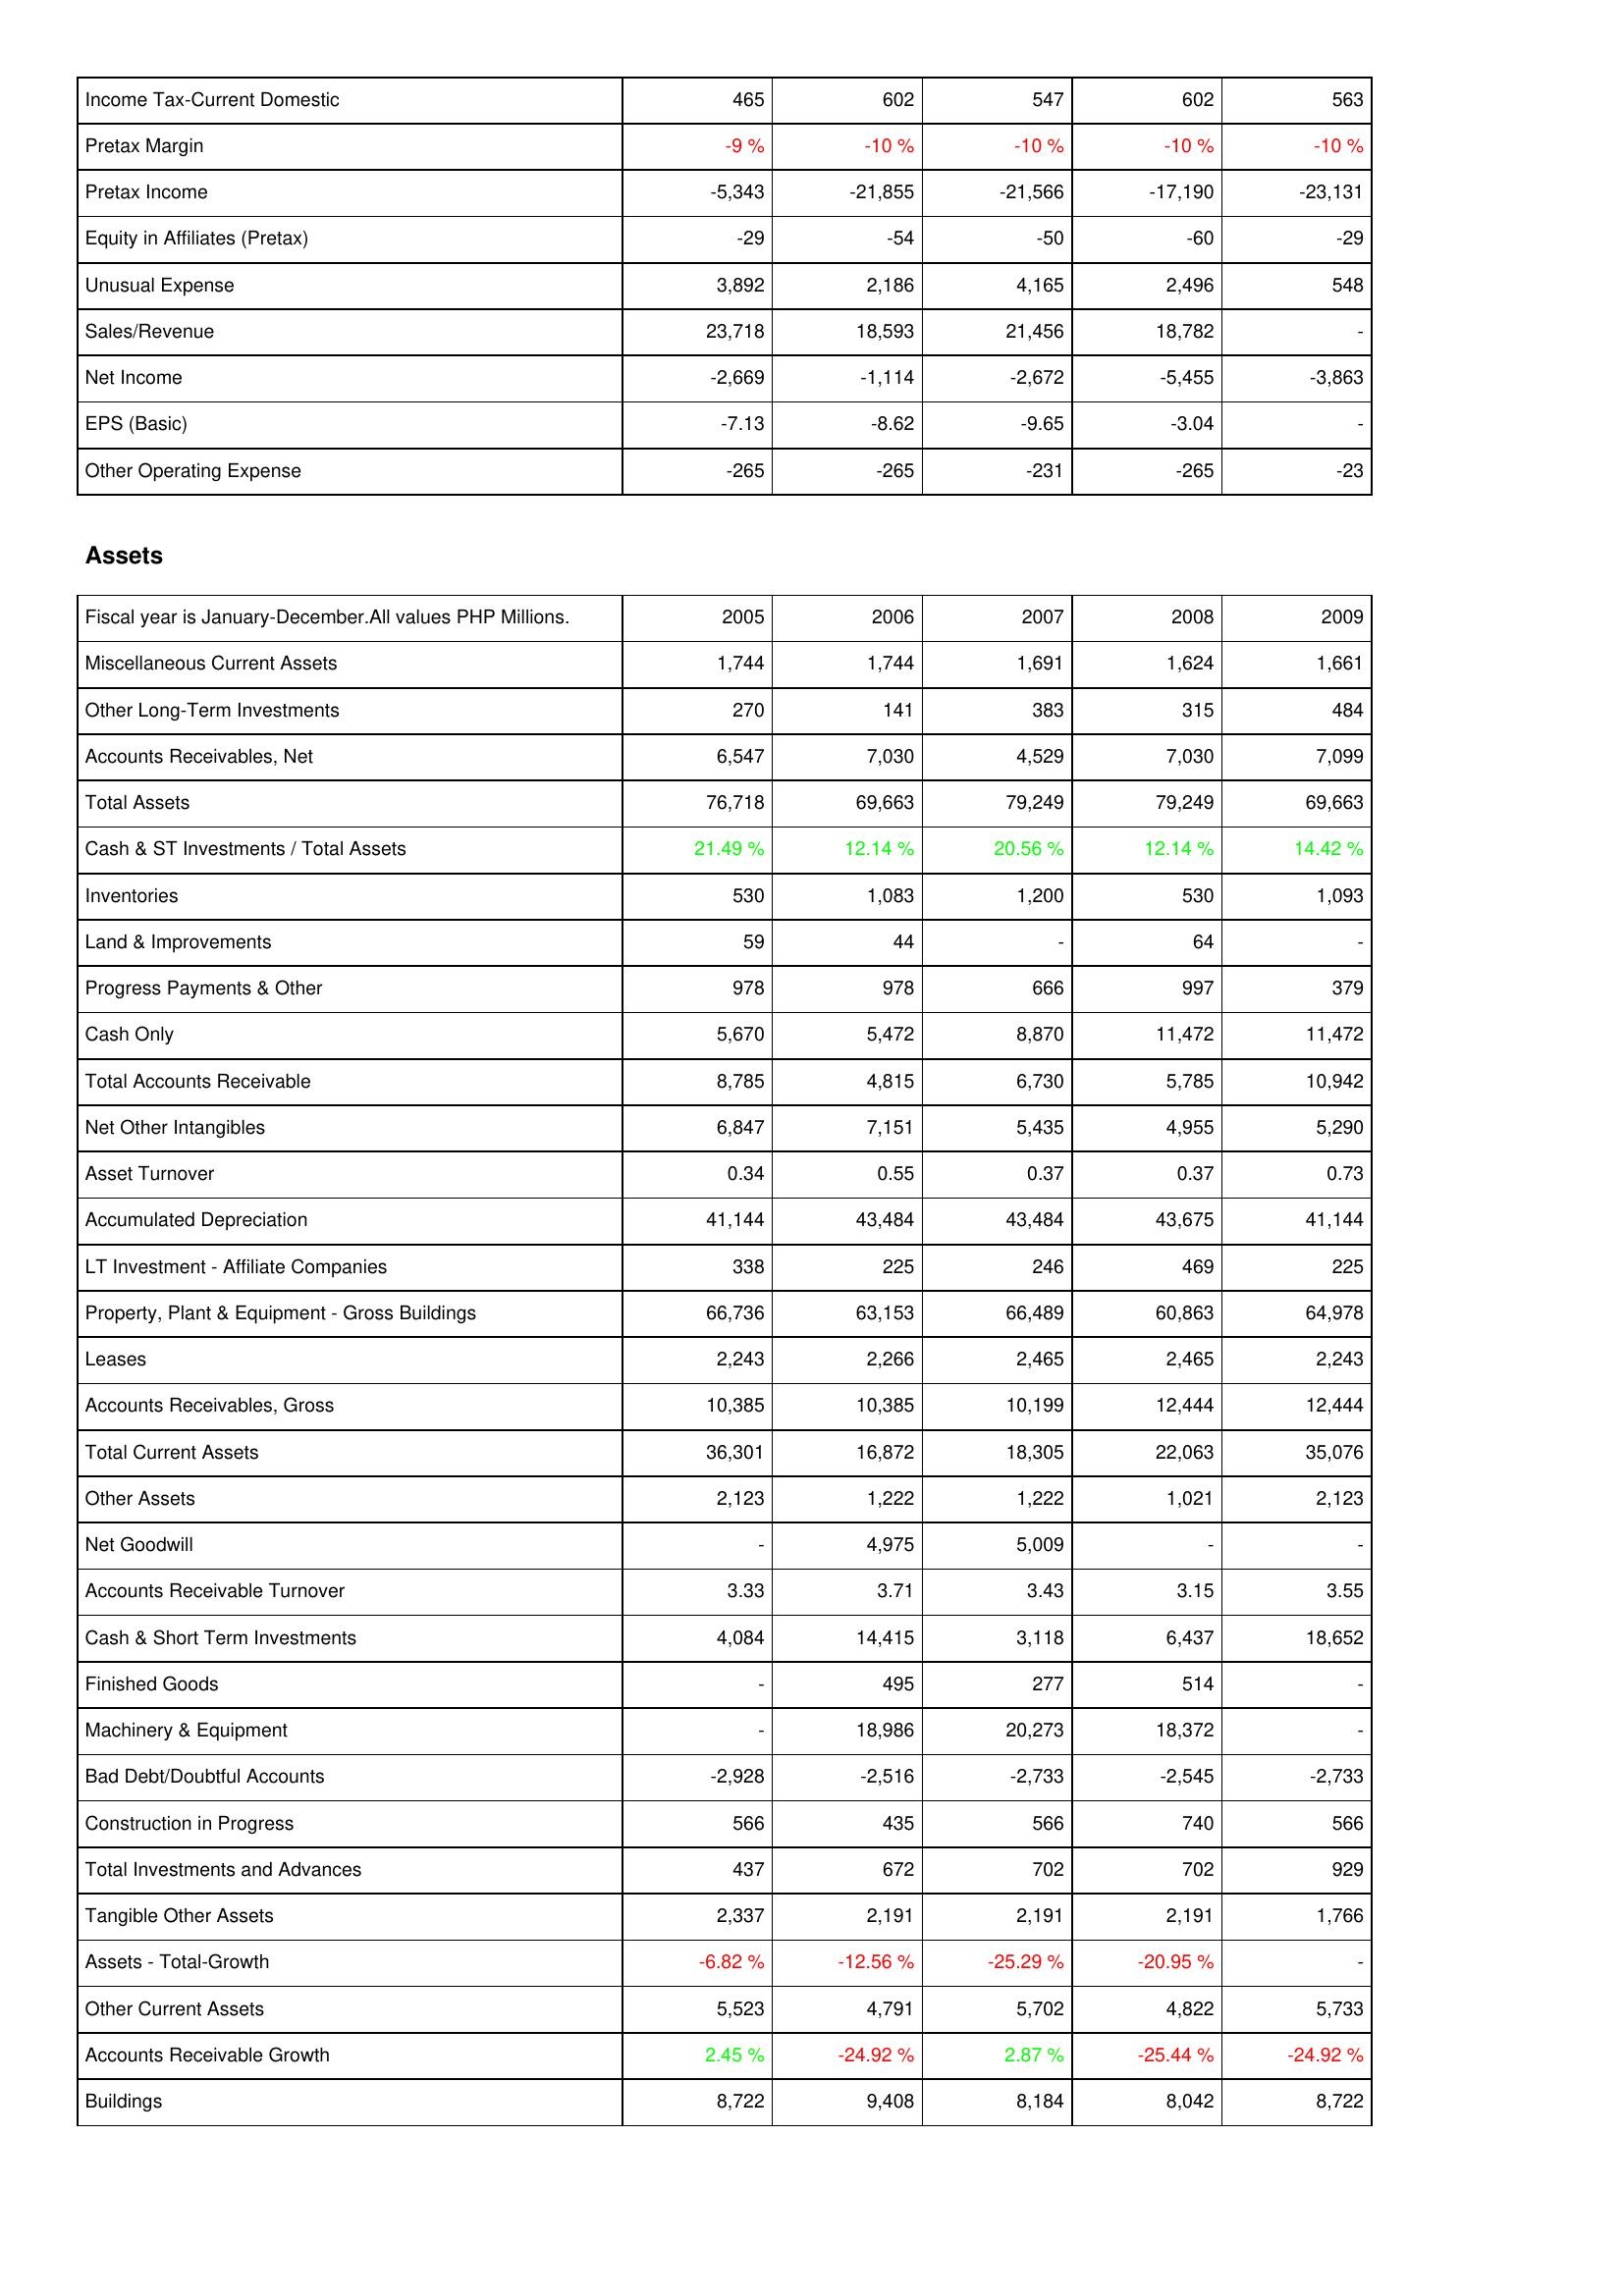
2005: Income Statement: Income Tax-Current Domestic: 465
Pretax Margin: -9 %
Pretax Income: -5,343
Equity in Affiliates (Pretax): -29
Unusual Expense: 3,892
Sales/Revenue: 23,718
Net Income: -2,669
EPS (Basic): -7.13
Other Operating Expense: -265
Assets: Miscellaneous Current Assets: 1,744
Other Long-Term Investments: 270
Accounts Receivables, Net: 6,547
Total Assets: 76,718
Cash & ST Investments / Total Assets: 21.49 %
Inventories: 530
Land & Improvements: 59
Progress Payments & Other: 978
Cash Only: 5,670
Total Accounts Receivable: 8,785
Net Other Intangibles: 6,847
Asset Turnover: 0.34
Accumulated Depreciation: 41,144
LT Investment - Affiliate Companies: 338
Property, Plant & Equipment - Gross Buildings: 66,736
Leases: 2,243
Accounts Receivables, Gross: 10,385
Total Current Assets: 36,301
Other Assets: 2,123
Net Goodwill: -
Accounts Receivable Turnover: 3.33
Cash & Short Term Investments: 4,084
Finished Goods: -
Machinery & Equipment: -
Bad Debt/Doubtful Accounts: -2,928
Construction in Progress: 566
Total Investments and Advances: 437
Tangible Other Assets: 2,337
Assets - Total-Growth: -6.82 %
Other Current Assets: 5,523
Accounts Receivable Growth: 2.45 %
Buildings: 8,722
2006: Income Statement: Income Tax-Current Domestic: 602
Pretax Margin: -10 %
Pretax Income: -21,855
Equity in Affiliates (Pretax): -54
Unusual Expense: 2,186
Sales/Revenue: 18,593
Net Income: -1,114
EPS (Basic): -8.62
Other Operating Expense: -265
Assets: Miscellaneous Current Assets: 1,744
Other Long-Term Investments: 141
Accounts Receivables, Net: 7,030
Total Assets: 69,663
Cash & ST Investments / Total Assets: 12.14 %
Inventories: 1,083
Land & Improvements: 44
Progress Payments & Other: 978
Cash Only: 5,472
Total Accounts Receivable: 4,815
Net Other Intangibles: 7,151
Asset Turnover: 0.55
Accumulated Depreciation: 43,484
LT Investment - Affiliate Companies: 225
Property, Plant & Equipment - Gross Buildings: 63,153
Leases: 2,266
Accounts Receivables, Gross: 10,385
Total Current Assets: 16,872
Other Assets: 1,222
Net Goodwill: 4,975
Accounts Receivable Turnover: 3.71
Cash & Short Term Investments: 14,415
Finished Goods: 495
Machinery & Equipment: 18,986
Bad Debt/Doubtful Accounts: -2,516
Construction in Progress: 435
Total Investments and Advances: 672
Tangible Other Assets: 2,191
Assets - Total-Growth: -12.56 %
Other Current Assets: 4,791
Accounts Receivable Growth: -24.92 %
Buildings: 9,408
2007: Income Statement: Income Tax-Current Domestic: 547
Pretax Margin: -10 %
Pretax Income: -21,566
Equity in Affiliates (Pretax): -50
Unusual Expense: 4,165
Sales/Revenue: 21,456
Net Income: -2,672
EPS (Basic): -9.65
Other Operating Expense: -231
Assets: Miscellaneous Current Assets: 1,691
Other Long-Term Investments: 383
Accounts Receivables, Net: 4,529
Total Assets: 79,249
Cash & ST Investments / Total Assets: 20.56 %
Inventories: 1,200
Land & Improvements: -
Progress Payments & Other: 666
Cash Only: 8,870
Total Accounts Receivable: 6,730
Net Other Intangibles: 5,435
Asset Turnover: 0.37
Accumulated Depreciation: 43,484
LT Investment - Affiliate Companies: 246
Property, Plant & Equipment - Gross Buildings: 66,489
Leases: 2,465
Accounts Receivables, Gross: 10,199
Total Current Assets: 18,305
Other Assets: 1,222
Net Goodwill: 5,009
Accounts Receivable Turnover: 3.43
Cash & Short Term Investments: 3,118
Finished Goods: 277
Machinery & Equipment: 20,273
Bad Debt/Doubtful Accounts: -2,733
Construction in Progress: 566
Total Investments and Advances: 702
Tangible Other Assets: 2,191
Assets - Total-Growth: -25.29 %
Other Current Assets: 5,702
Accounts Receivable Growth: 2.87 %
Buildings: 8,184
2008: Income Statement: Income Tax-Current Domestic: 602
Pretax Margin: -10 %
Pretax Income: -17,190
Equity in Affiliates (Pretax): -60
Unusual Expense: 2,496
Sales/Revenue: 18,782
Net Income: -5,455
EPS (Basic): -3.04
Other Operating Expense: -265
Assets: Miscellaneous Current Assets: 1,624
Other Long-Term Investments: 315
Accounts Receivables, Net: 7,030
Total Assets: 79,249
Cash & ST Investments / Total Assets: 12.14 %
Inventories: 530
Land & Improvements: 64
Progress Payments & Other: 997
Cash Only: 11,472
Total Accounts Receivable: 5,785
Net Other Intangibles: 4,955
Asset Turnover: 0.37
Accumulated Depreciation: 43,675
LT Investment - Affiliate Companies: 469
Property, Plant & Equipment - Gross Buildings: 60,863
Leases: 2,465
Accounts Receivables, Gross: 12,444
Total Current Assets: 22,063
Other Assets: 1,021
Net Goodwill: -
Accounts Receivable Turnover: 3.15
Cash & Short Term Investments: 6,437
Finished Goods: 514
Machinery & Equipment: 18,372
Bad Debt/Doubtful Accounts: -2,545
Construction in Progress: 740
Total Investments and Advances: 702
Tangible Other Assets: 2,191
Assets - Total-Growth: -20.95 %
Other Current Assets: 4,822
Accounts Receivable Growth: -25.44 %
Buildings: 8,042
2009: Income Statement: Income Tax-Current Domestic: 563
Pretax Margin: -10 %
Pretax Income: -23,131
Equity in Affiliates (Pretax): -29
Unusual Expense: 548
Sales/Revenue: -
Net Income: -3,863
EPS (Basic): -
Other Operating Expense: -23
Assets: Miscellaneous Current Assets: 1,661
Other Long-Term Investments: 484
Accounts Receivables, Net: 7,099
Total Assets: 69,663
Cash & ST Investments / Total Assets: 14.42 %
Inventories: 1,093
Land & Improvements: -
Progress Payments & Other: 379
Cash Only: 11,472
Total Accounts Receivable: 10,942
Net Other Intangibles: 5,290
Asset Turnover: 0.73
Accumulated Depreciation: 41,144
LT Investment - Affiliate Companies: 225
Property, Plant & Equipment - Gross Buildings: 64,978
Leases: 2,243
Accounts Receivables, Gross: 12,444
Total Current Assets: 35,076
Other Assets: 2,123
Net Goodwill: -
Accounts Receivable Turnover: 3.55
Cash & Short Term Investments: 18,652
Finished Goods: -
Machinery & Equipment: -
Bad Debt/Doubtful Accounts: -2,733
Construction in Progress: 566
Total Investments and Advances: 929
Tangible Other Assets: 1,766
Assets - Total-Growth: -
Other Current Assets: 5,733
Accounts Receivable Growth: -24.92 %
Buildings: 8,722